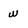
Character: w